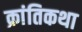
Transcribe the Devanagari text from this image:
क्रांतिकथा